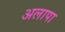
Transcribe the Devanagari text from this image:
अलापा